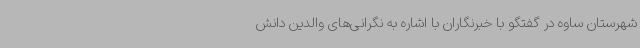
شهرستان ساوه در گفتگو با خبرنگاران با اشاره به نگرانی‌های والدین دانش